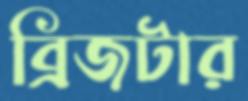
ব্রিজটার